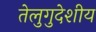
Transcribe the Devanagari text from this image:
तेलुगुदेशीय